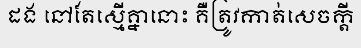
ដង នៅតែស្មើគ្នានោះ គឺត្រូវកាត់សេចក្តី